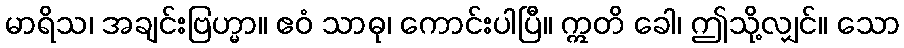
မာရိသ၊ အချင်းဗြဟ္မာ။ ဧဝံ သာဓု၊ ကောင်းပါပြီ။ ဣတိ ခေါ၊ ဤသို့လျှင်။ သော